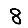
Digit: 8